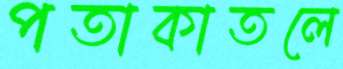
পতাকাতলে